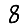
Digit: 8